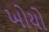
ખોયો